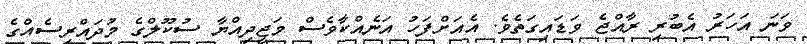
ވަނަ އަހަރު އެބުރި ރާއްޖެ ވަޑައިގަތެވެ. އެއަށްފަހު އަނެއްކާވެސް މަޖީދިއްޔާ ސުކޫލްގެ މުދައްރިސެއްގެ